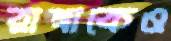
রাখাকেও